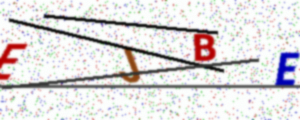
Text: EJBE